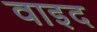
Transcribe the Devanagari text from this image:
वाइद